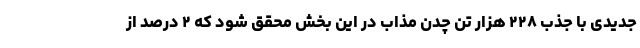
جدیدی با جذب ۲۲۸ هزار تن چدن مذاب در این بخش محقق شود که ۲ درصد از